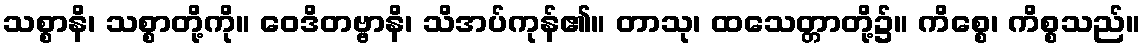
သစ္စာနိ၊ သစ္စာတို့ကို။ ဝေဒိတဗ္ဗာနိ၊ သိအပ်ကုန်၏။ တာသု၊ ထသေတ္တာတို့၌။ ကိစ္စေ၊ ကိစ္စသည်။